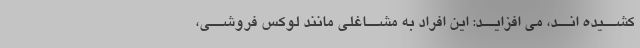
کشــیده انــد، مى افزایــد: این افراد به مشــاغلى مانند لوکس فروشــى،